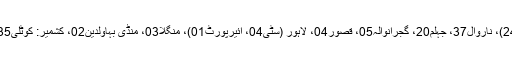
سب سے زیادہ بارش پنجاب: گجرات70، سیالکوٹ (ائیرپورٹ40، سٹی24)، ناروال37، جہلم20، گجرانوالہ05، قصور04، لاہور (سٹی04، ائیرپورٹ01)، منگلا03، منڈی بہاولدین02، کشمیر: کوٹلی35، سندھ: کراچی01، گلگت بلتستان: بگروٹ01 ملی میٹر ریکارڈ کی گئی۔